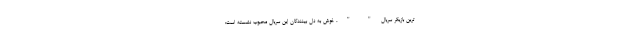
ترین بازیگر سریال " " ، خوش به دل بینندگان این سریال محبوب نشسته است: